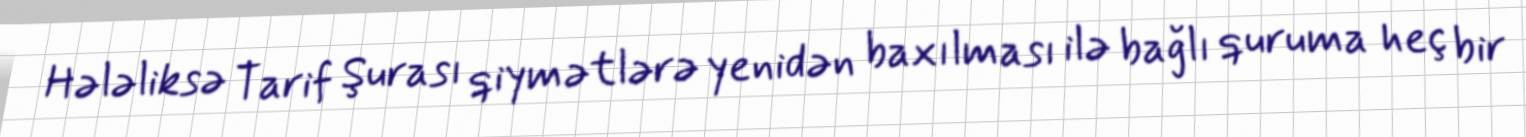
Hələliksə Tarif Şurası qiymətlərə yenidən baxılması ilə bağlı quruma heç bir